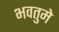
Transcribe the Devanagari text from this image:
भवतुमे